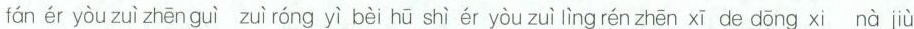
fán ér yòu zuì zhēn guì zuì róng yì bèi hū shì ér yòu zuì lìng rén zhēn xī de dōng xi nà jiù